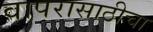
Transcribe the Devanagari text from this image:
वापरासाठीचा